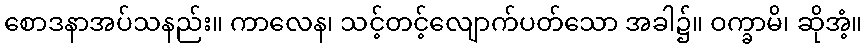
စောဒနာအပ်သနည်း။ ကာလေန၊ သင့်တင့်လျောက်ပတ်သော အခါ၌။ ဝက္ခာမိ၊ ဆိုအံ့။